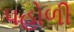
પહોળી